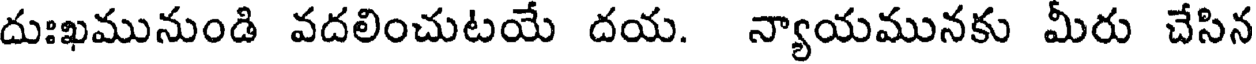
దుఃఖమునుండి వదలించుటయే దయ. న్యాయమునకు మీరు చేసిన